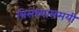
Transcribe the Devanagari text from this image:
त्रिसंध्यासमयी